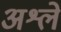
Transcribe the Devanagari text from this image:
अश्ले